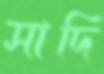
সাদি